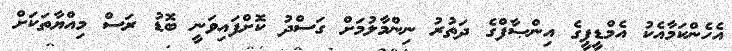
އެހެންކަމާއެކު އެމްޑީޕީގެ އިންޞާފްގެ ދަތުރު ނިންމާލުމަށް ގަސްދު ކޮށްފައިވަނީ ބޮޑު ރަސް މިއްޔާތަކަށް